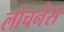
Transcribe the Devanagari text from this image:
लोचनेस